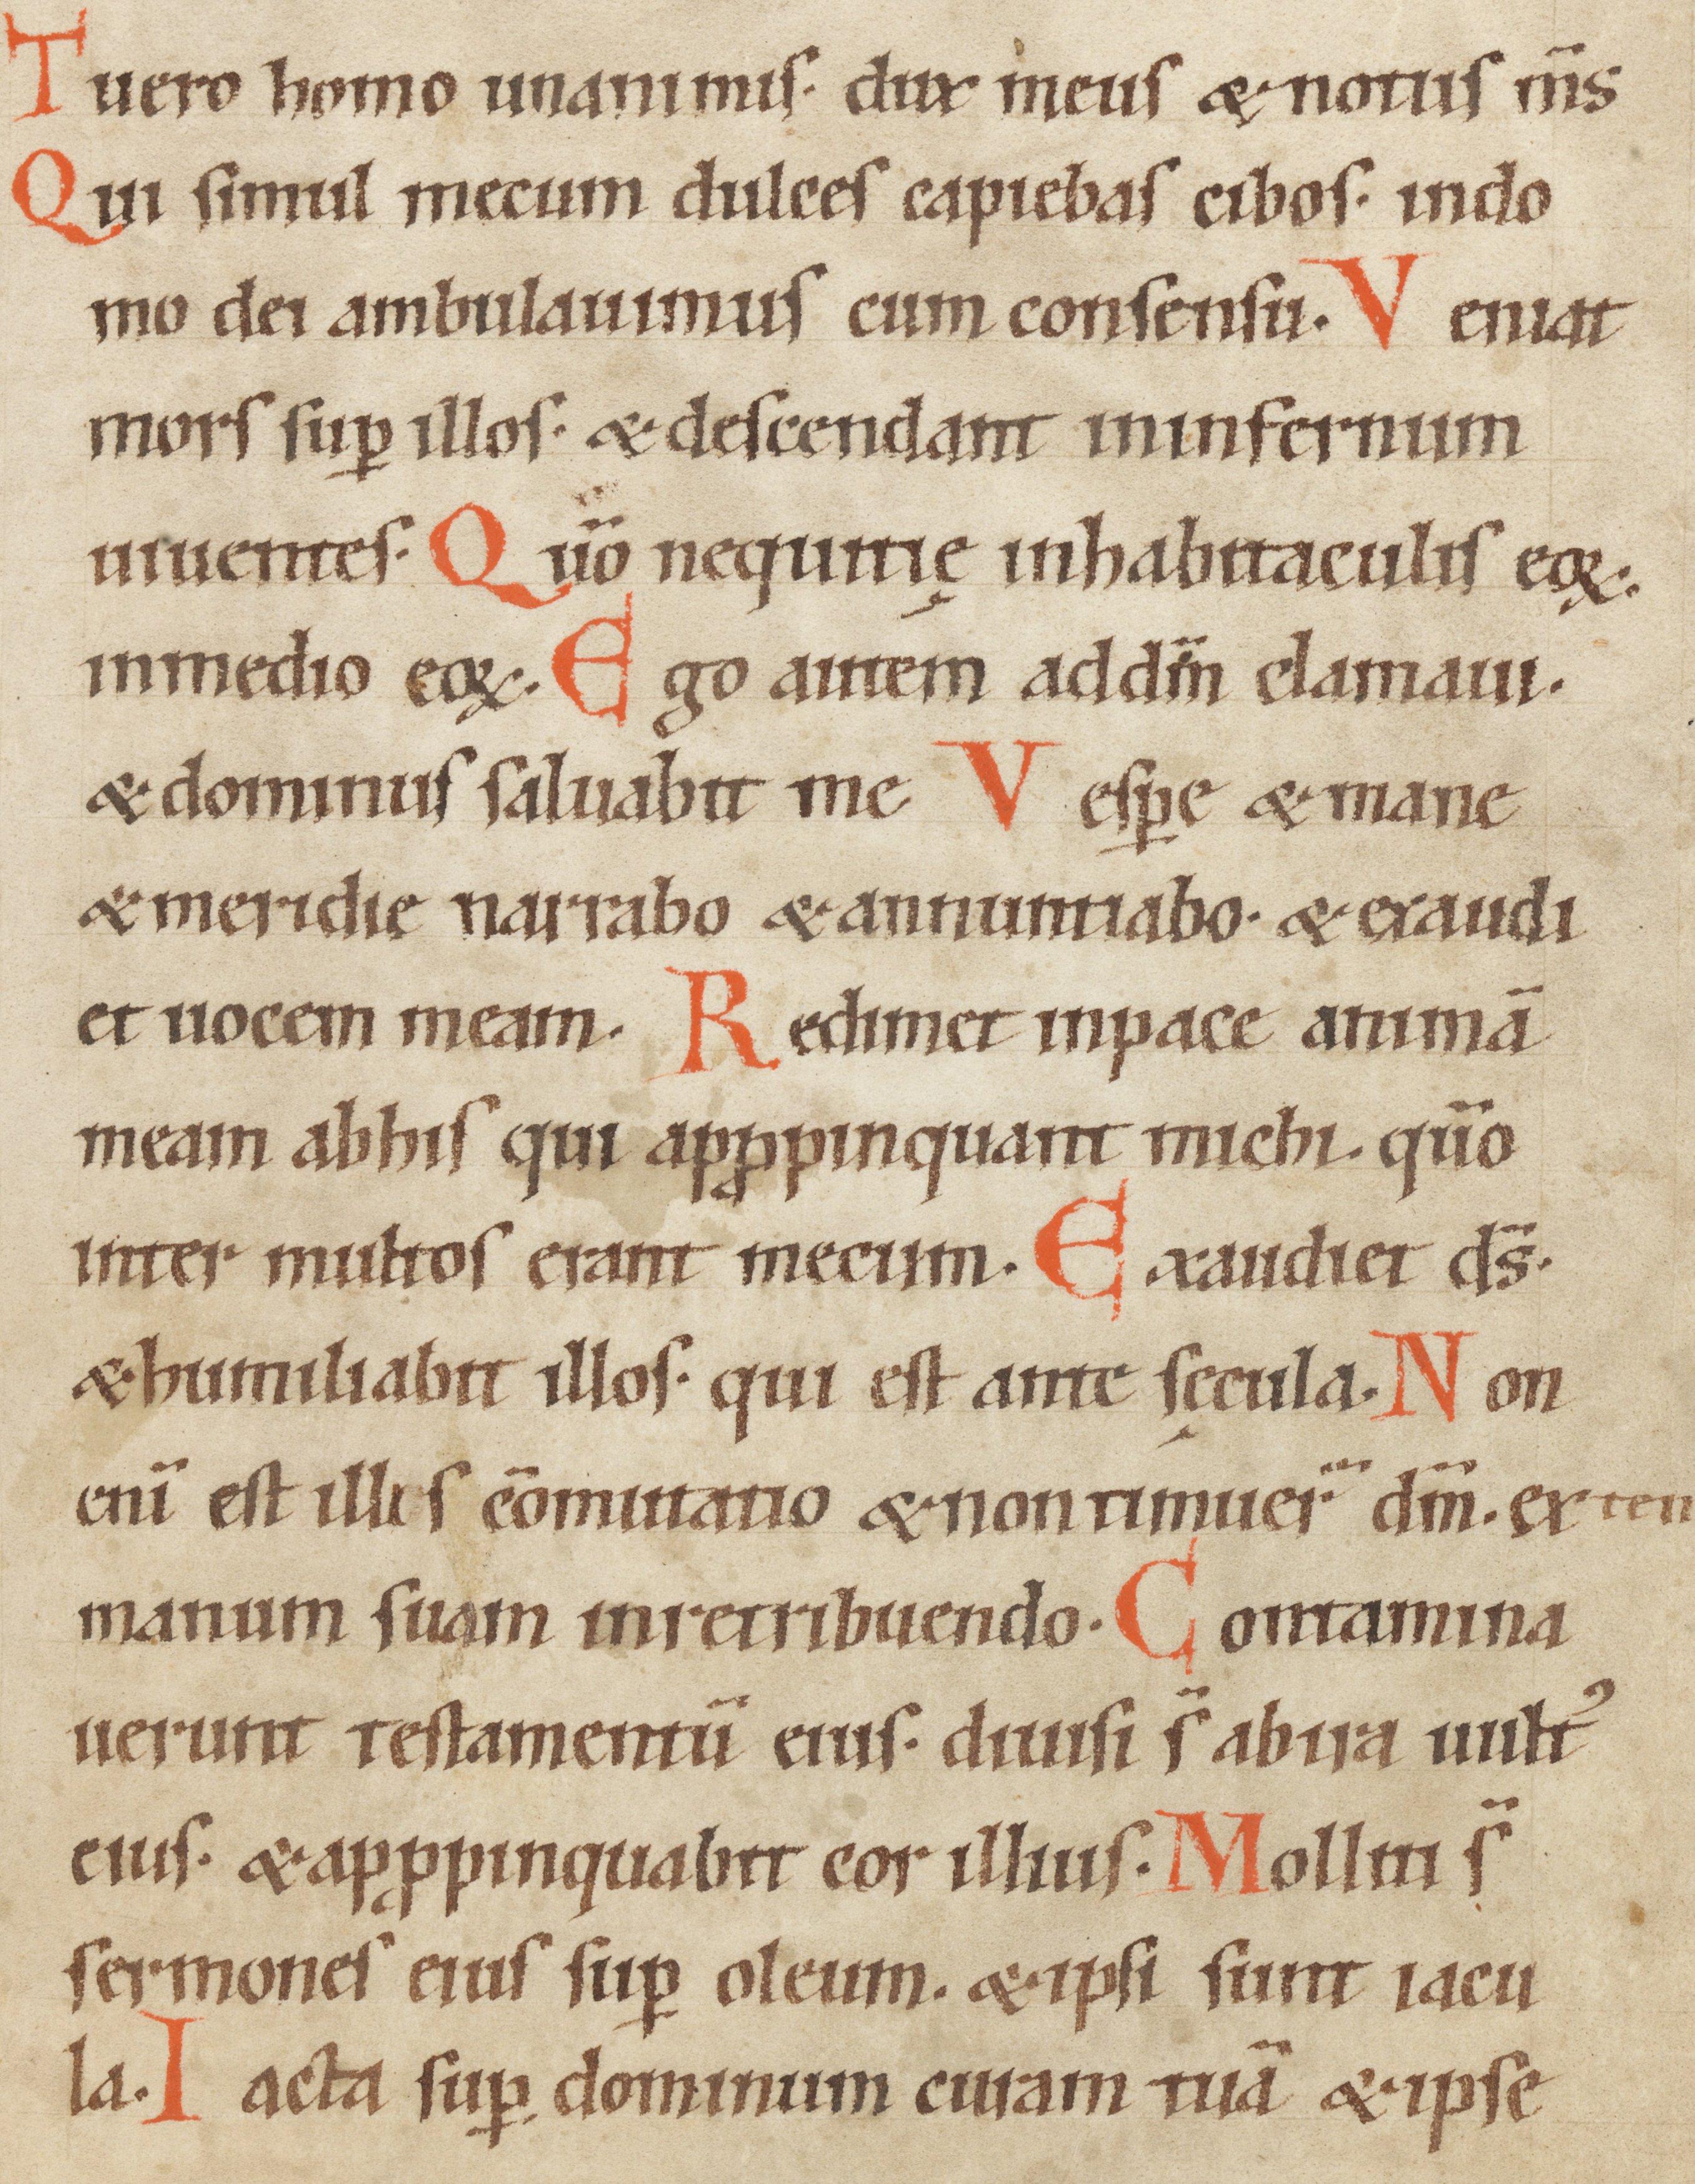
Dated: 1100–1199